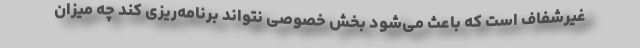
غیرشفاف است که باعث می‌شود بخش خصوصی نتواند برنامه‌ریزی کند چه میزان